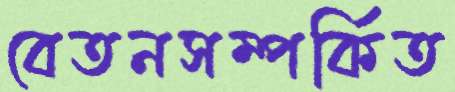
বেতনসম্পর্কিত